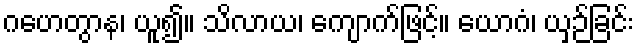
ဂဟေတွာန၊ ယူ၍။ သိလာယ၊ ကျောက်ဖြင့်။ ယောဂံ၊ ယှဉ်ခြင်း